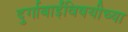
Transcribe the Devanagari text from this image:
दुर्गाबाईंविषयीच्या